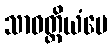
သာဝတ္ထိယံပေ